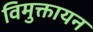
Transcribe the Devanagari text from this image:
विमुक्तायन